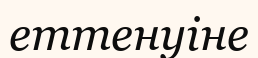
еттенуіне